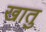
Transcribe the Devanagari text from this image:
खातु